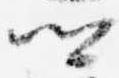
卿